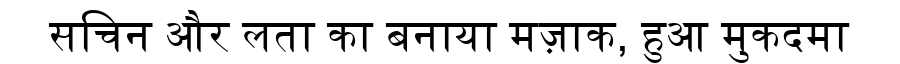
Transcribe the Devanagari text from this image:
सचिन और लता का बनाया मज़ाक, हुआ मुकदमा